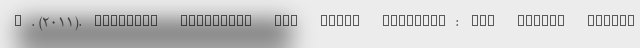
D. (2011). Economic sanctions and human security: the public health